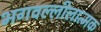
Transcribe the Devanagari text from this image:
भगवल्लीलात्मक